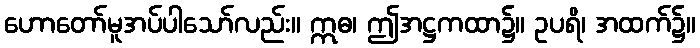
ဟောတော်မူအပ်ပါသော်လည်း။ ဣဓ၊ ဤအဋ္ဌကထာ၌။ ဥပရိ၊ အထက်၌။